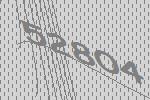
52804